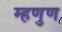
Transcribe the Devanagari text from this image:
म्हणुण